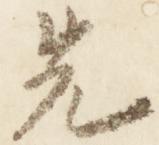
先